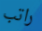
راتب